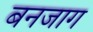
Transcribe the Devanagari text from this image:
बनजाग